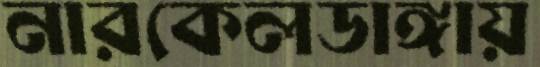
নারকেলডাঙ্গায়